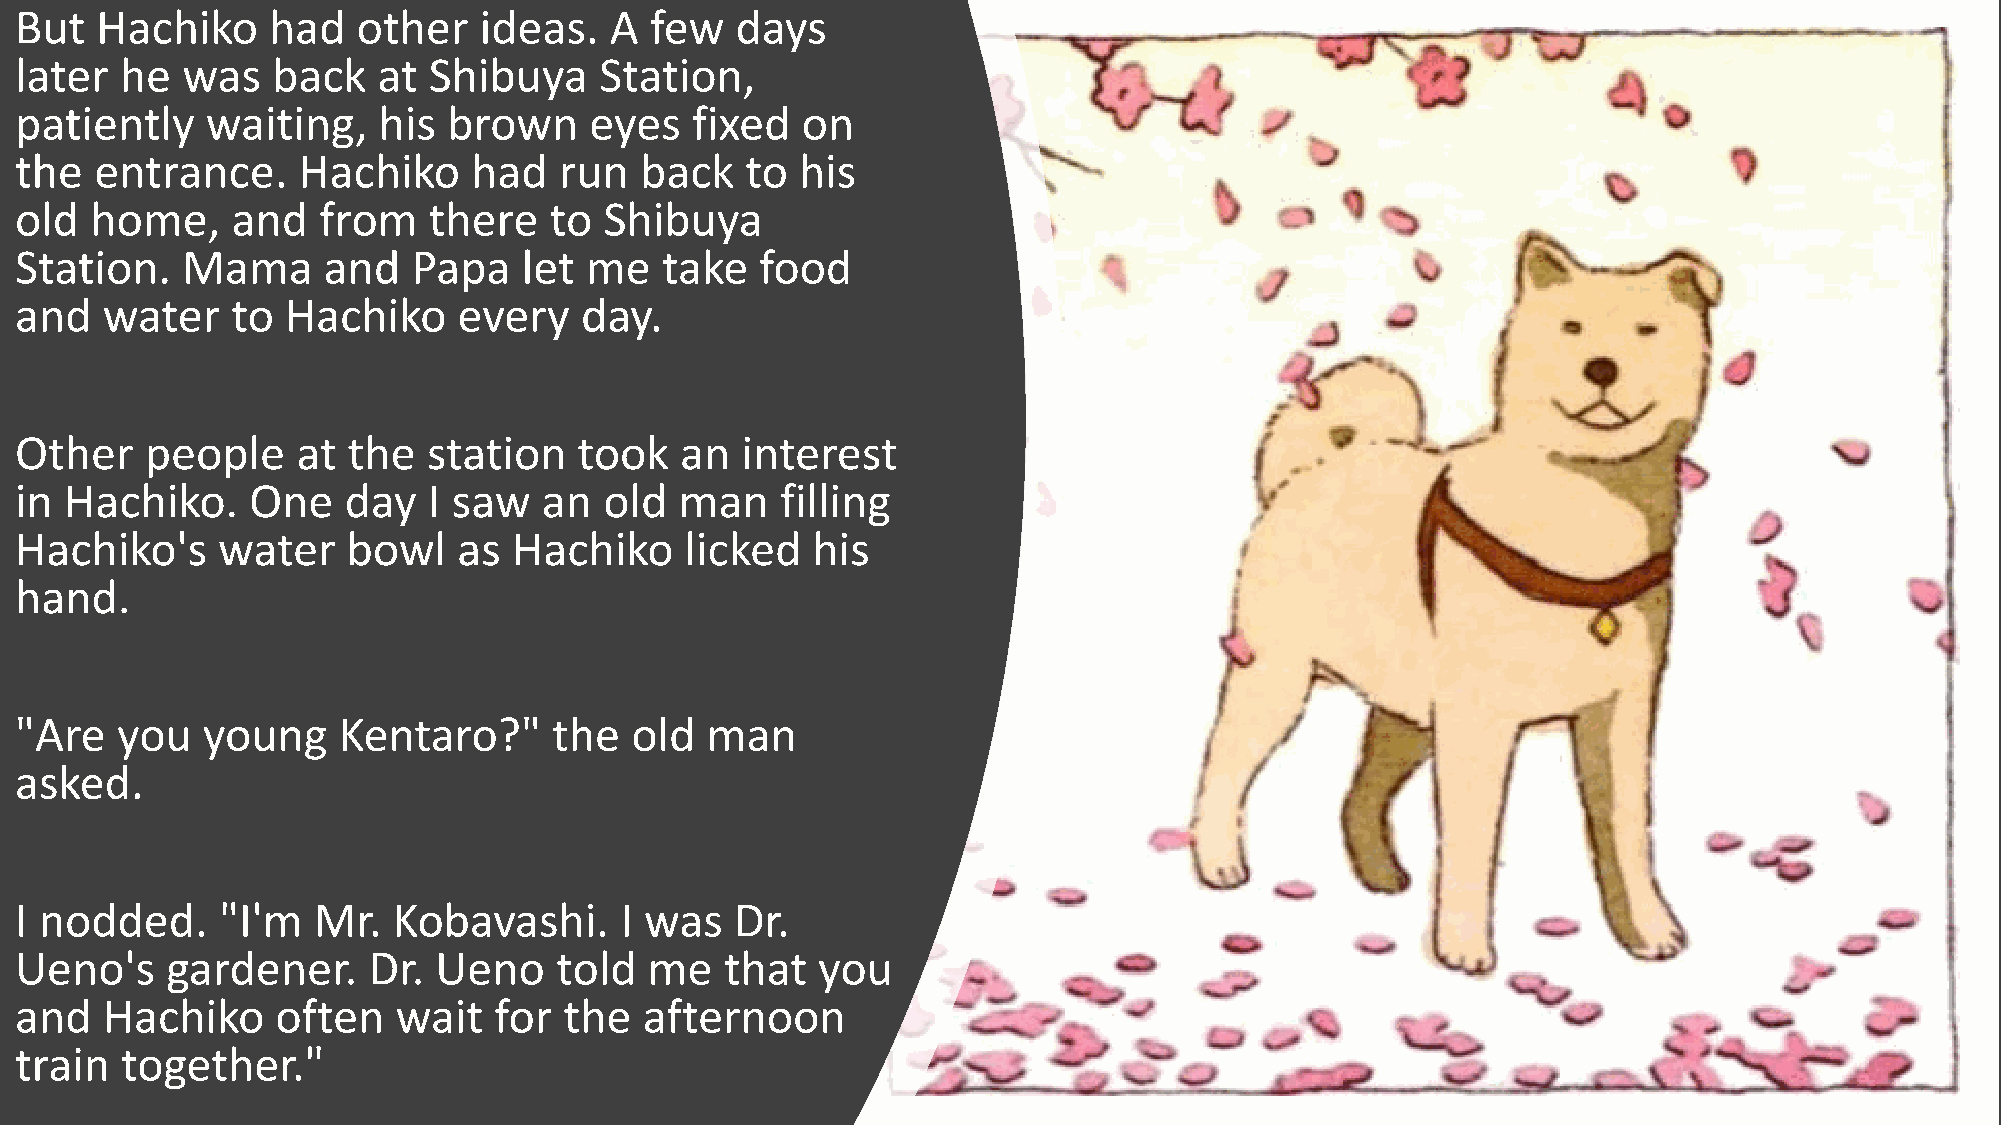
But  Hachiko     had   other   ideas.  A  few   days
 later  he  was   back   at Shibuya     Station,
 patiently    waiting,   his  brown    eyes   fixed  on
 the  entrance.     Hachiko    had   run  back   to  his
 old  home,    and   from   there   to  Shibuya
 Station.   Mama     and   Papa    let me   take  food
 and   water   to  Hachiko    every   day.
 Other    people    at the  station   took   an  interest
 in Hachiko.    One    day  I saw   an  old  man    filling
 Hachiko's    water    bowl   as  Hachiko    licked   his
 hand.
 "Are   you  young    Kentaro?"      the  old  man
 asked.
 I nodded.    "I'm   Mr.  Kobavashi.     I was   Dr.
 Ueno's    gardener.    Dr.  Ueno    told  me   that  you
 and   Hachiko    often   wait   for the   afternoon
 train  together."